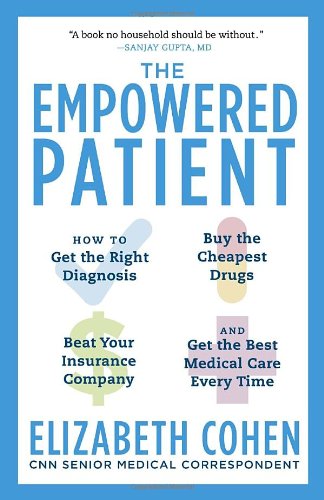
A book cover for The Empowered Patient: How to Get the Right Diagnosis, Buy the Cheapest Drugs, Beat Your Insurance Company, and Get the Best Medical Care Every Time; Elizabeth S. Cohen; Health, Fitness & Dieting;